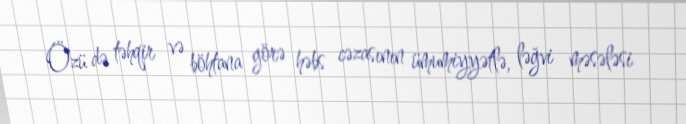
Özü də təhqir və böhtana görə həbs cəzasının ümumiyyətlə, ləğvi məsələsi